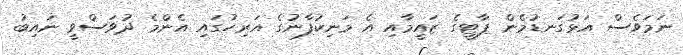
ނަމަވެސް އަޅުގަނޑުމެން ޕާޓީގެ ޒައީމާއި އެ މަނިކުފާނުގެ އަރިހުގައި އެންމެ ދުވަސްވީ ނައިބު